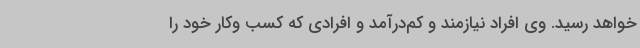
خواهد رسید. وی افراد نیازمند و کم‌درآمد و افرادی که کسب وکار خود را